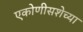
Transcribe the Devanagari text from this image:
एकोणीसशेच्या